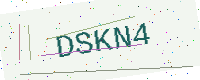
Text: DSKN4